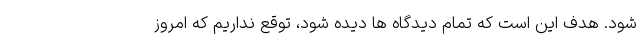
شود. هدف این است که تمام دیدگاه ها دیده شود، توقع نداریم که امروز